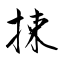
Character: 捒